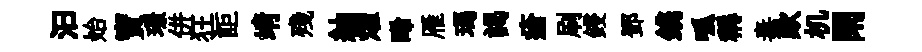
汩始寳璟併狂詎靖殘紬燿晞雁瑪謁瘡刷鋟鄧鎸呱稱毒歎机閑